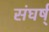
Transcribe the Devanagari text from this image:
संघर्ष्